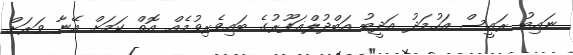
ނައިބު ރައީސް އަހުމަދު އަދީބު އަބްދުލްޣަފޫރުގެ ބައިވެރިވުމެއް އޮތް ކަމަށް އޭނާ ވަރަށް